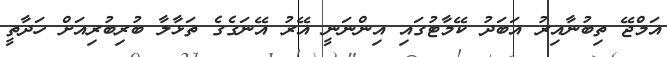
އަމްޖޭ ތިބުނާއިރު އަބަދު ކޭމާޓުގައި އިންނަނީ އޭރު އޭނަގެގެ ތަޅާލާ ބުރިބުރިއަށް ހަދާތީ